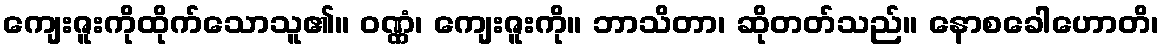
ကျေးဇူးကိုထိုက်သောသူ၏။ ဝဏ္ဏံ၊ ကျေးဇူးကို။ ဘာသိတာ၊ ဆိုတတ်သည်။ နောစခေါဟောတိ၊